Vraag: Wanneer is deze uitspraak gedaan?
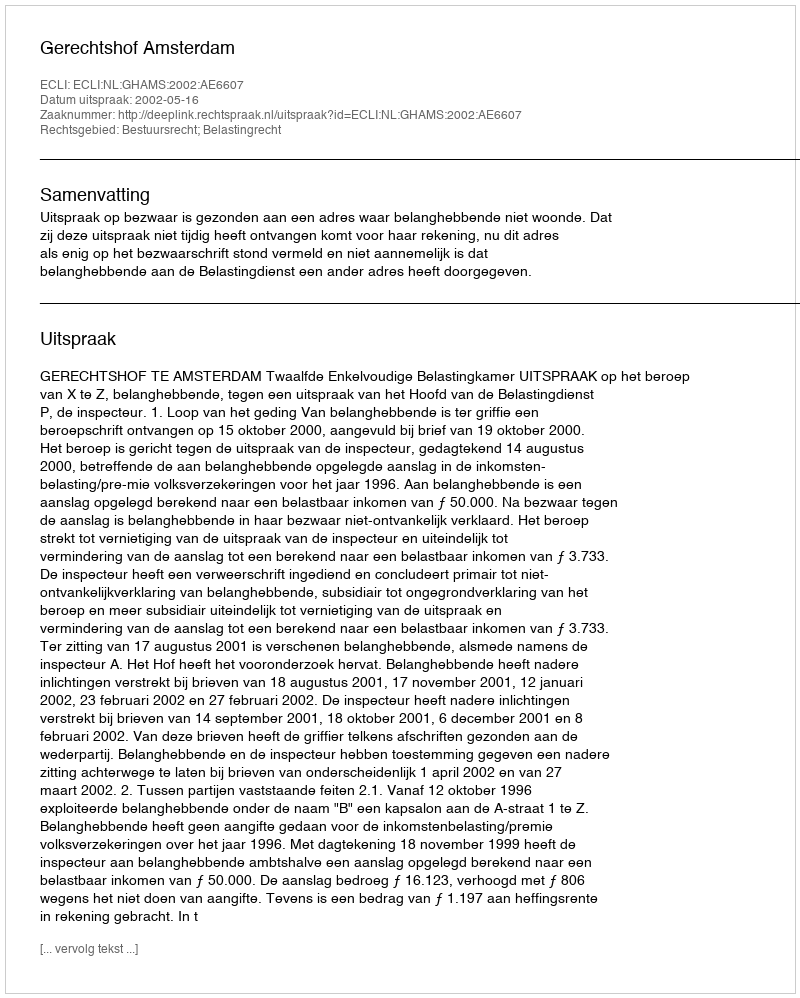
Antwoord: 2002-05-16